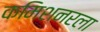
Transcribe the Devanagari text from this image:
कमिशनरला